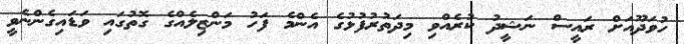
ހުވަދޫއަށް ރައީސް ނަޝީދު ކުރެއްވި މިދަތުރުފުޅުގެ އެންމެ ފަހު މަންޒިލެއްގެ ގޮތުގައި ވަޑައިގެންނެވީ